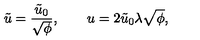
\tilde { u } = \frac { \tilde { u } _ { 0 } } { \sqrt { \phi } } , \qquad u = 2 \tilde { u } _ { 0 } \lambda \sqrt { \phi } ,